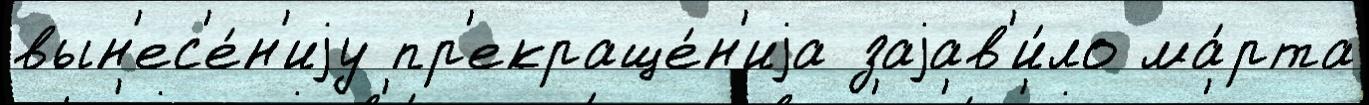
вын'ес'е́н'иjу пр'екраще́н'иjа заjав'и́ло ма́рта